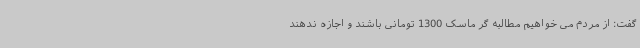
گفت: از مردم می خواهیم مطالبه گر ماسک 1300 تومانی باشند و اجازه ندهند